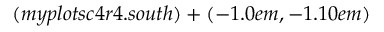
( m y p l o t s c 4 r 4 . s o u t h ) + ( - 1 . 0 e m , - 1 . 1 0 e m )